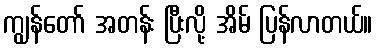
ကျွန်တော် အတန်း ပြီးလို့ အိမ် ပြန်လာတယ်။